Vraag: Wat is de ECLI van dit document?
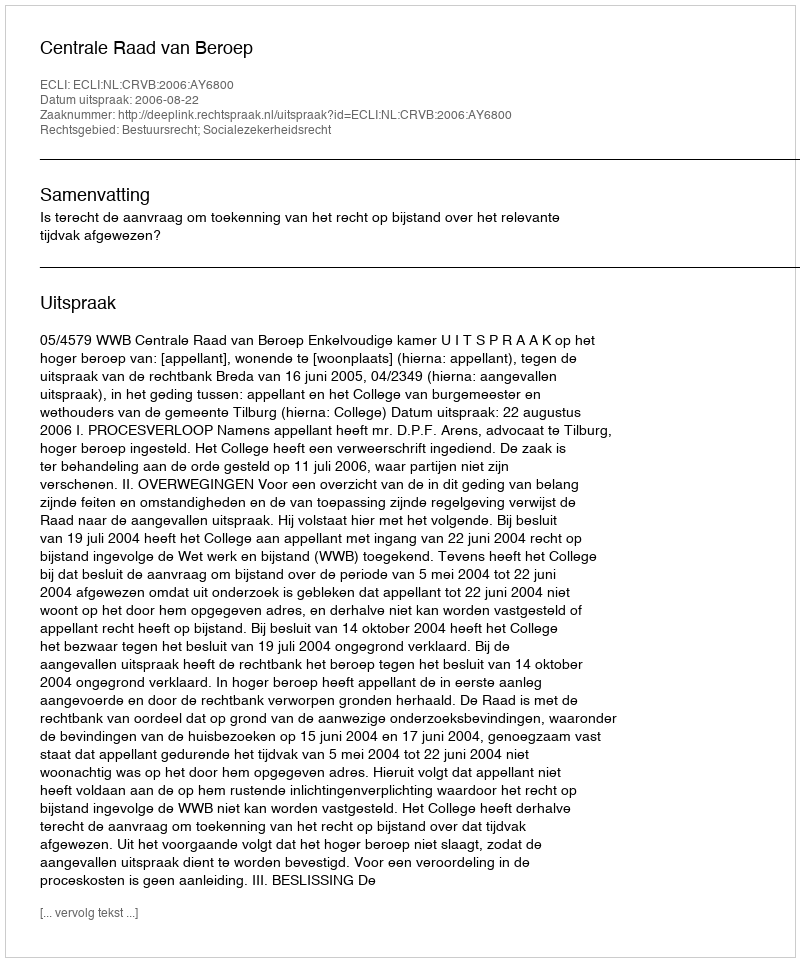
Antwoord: ECLI:NL:CRVB:2006:AY6800